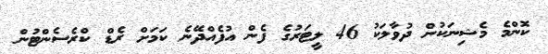
ކޮންމެ މެޝިނަކުން ދުވާލަކު 46 ލީޓަރުގެ ފެން އުފެއްދޭނެ ކަމަށް ރެޑް ކްރެސެންޓުން